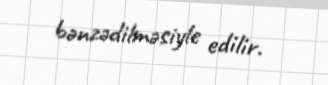
bənzədilməsiyle edilir.